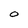
Character: O